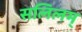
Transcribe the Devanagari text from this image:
सलिलम्